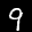
Label: 9